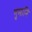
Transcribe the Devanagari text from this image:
गुमानि